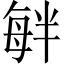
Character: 𣫷